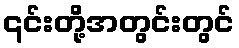
၎င်းတို့အတွင်းတွင်